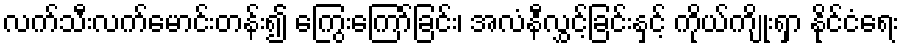
လက်သီးလက်မောင်းတန်း၍ ကြွေးကြော်ခြင်း၊ အလံနီလွှင့်ခြင်းနှင့် ကိုယ်ကျိုးရှာ နိုင်ငံရေး